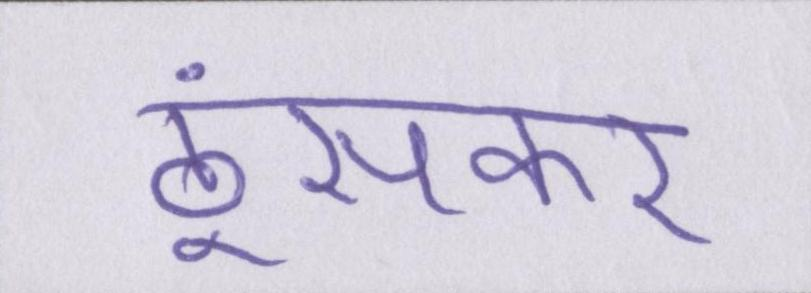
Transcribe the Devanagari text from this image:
ठूंसकर